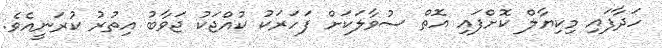
ހަދާފައި މިކިޔާލް ކޮށްފައި އޮތް ސުވާލަކަށް ފަހަރަކު ކުއްޖަކު ޖަވާބު އިތުރު ކުރަނީއެވެ.